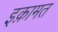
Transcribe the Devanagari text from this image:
इक़ामत